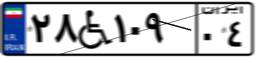
۲۸W۱۰۹۰۴